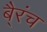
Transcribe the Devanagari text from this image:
बै्रंच